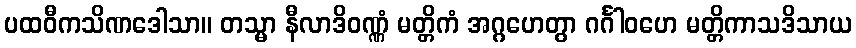
ပထဝီကသိဏဒေါသာ။ တသ္မာ နီလာဒိဝဏ္ဏံ မတ္တိကံ အဂ္ဂဟေတွာ ဂင်္ဂါဝဟေ မတ္တိကာသဒိသာယ